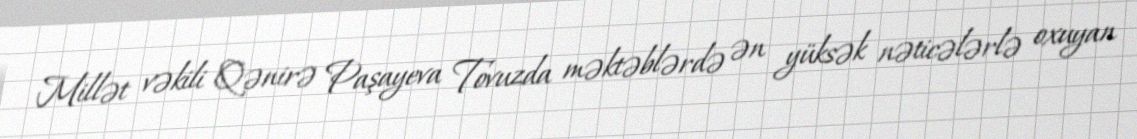
Millət vəkili Qənirə Paşayeva Tovuzda məktəblərdə ən yüksək nəticələrlə oxuyan